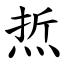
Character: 焎